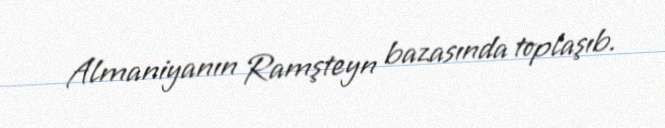
Almaniyanın Ramşteyn bazasında toplaşıb.